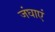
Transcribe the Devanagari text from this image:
जंघाएं